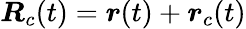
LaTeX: \boldsymbol{R}_{c}(t)=\boldsymbol{r}(t)+\boldsymbol{r}_{c}(t)